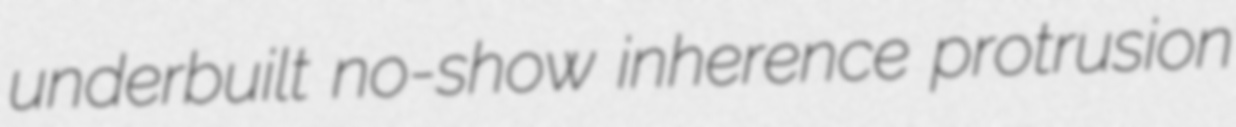
underbuilt no-show inherence protrusion